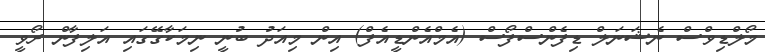
މޯލްޑިވްސް ނެޝަނަލް ޑިފެންސްފޯސް (އެމްއެންޑީއެފް) އިން މިއަދު ބުނީ ނިމަކާގޭގައި އަލިފާން ރޯވީ